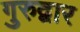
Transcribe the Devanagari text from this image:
गुरुद्वार